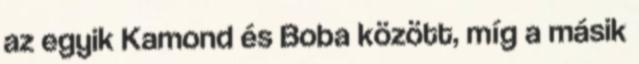
az egyik Kamond és Boba között, míg a másik